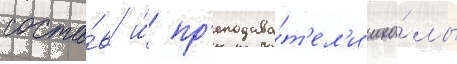
соста́в и́ пр'еподава́т'ел'и шко́лы